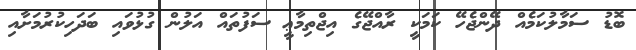
ބޮޑު ސަމާލުކަމެއް ދޭންޖެހޭ ކަމަކީ ރާއްޖޭގެ އިޖްތިމާޢީ ސަފުތައް އަލުން ގުޅުވައި ބަދަހިކުރުމަށާއި